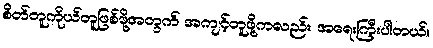
စိတ်တူကိုယ်တူဖြစ်ဖို့အတွက် အကျင့်တူဖို့ကလည်း အရေးကြီးပါတယ်။